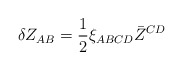
\begin{align*}\delta Z_{AB} =\frac{1}{2} \xi_{ABCD} \bar Z^{CD}\end{align*}